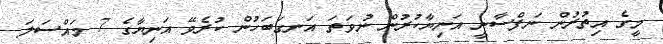
މީގެ އިތުރުން ނަފްސާނީ އަނިޔާކުރުން ނުވަތަ އަނގަބަހުން ކުރެވޭ އަނިޔާގެ 7 މައްސަލަ